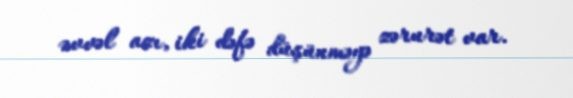
əvvəl azı, iki dəfə düşünməyə zərurət var.